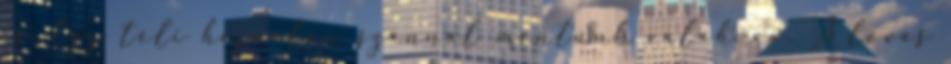
is. Egy téli hajnalon szánnal mentünk valahova. A lovas